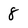
Character: 8